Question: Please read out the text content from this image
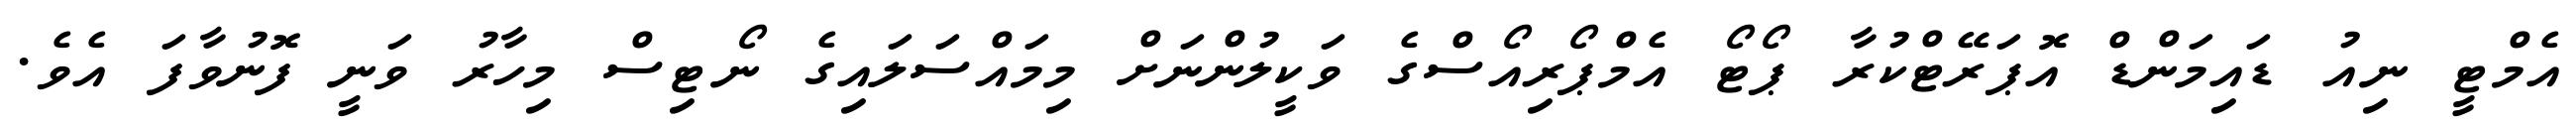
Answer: އެމްޓީ ނިއު ޑައިމަންޑް އޮޕަރޭޓްކުރާ ޕޯޓޯ އެމްޕޯރިއޯސްގެ ވަކީލުންނަށް މިމައްސަލައިގެ ނޯޓިސް މިހާރު ވަނީ ފޮނުވާފަ އެވެ.